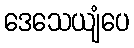
ဒေသေယျံပေ